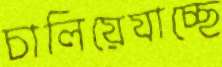
চালিয়েযাচ্ছে